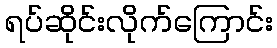
ရပ်ဆိုင်းလိုက်ကြောင်း